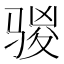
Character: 𮪣